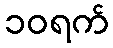
၁၀ရက်